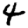
Digit: 4